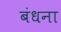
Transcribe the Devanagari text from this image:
बंधना